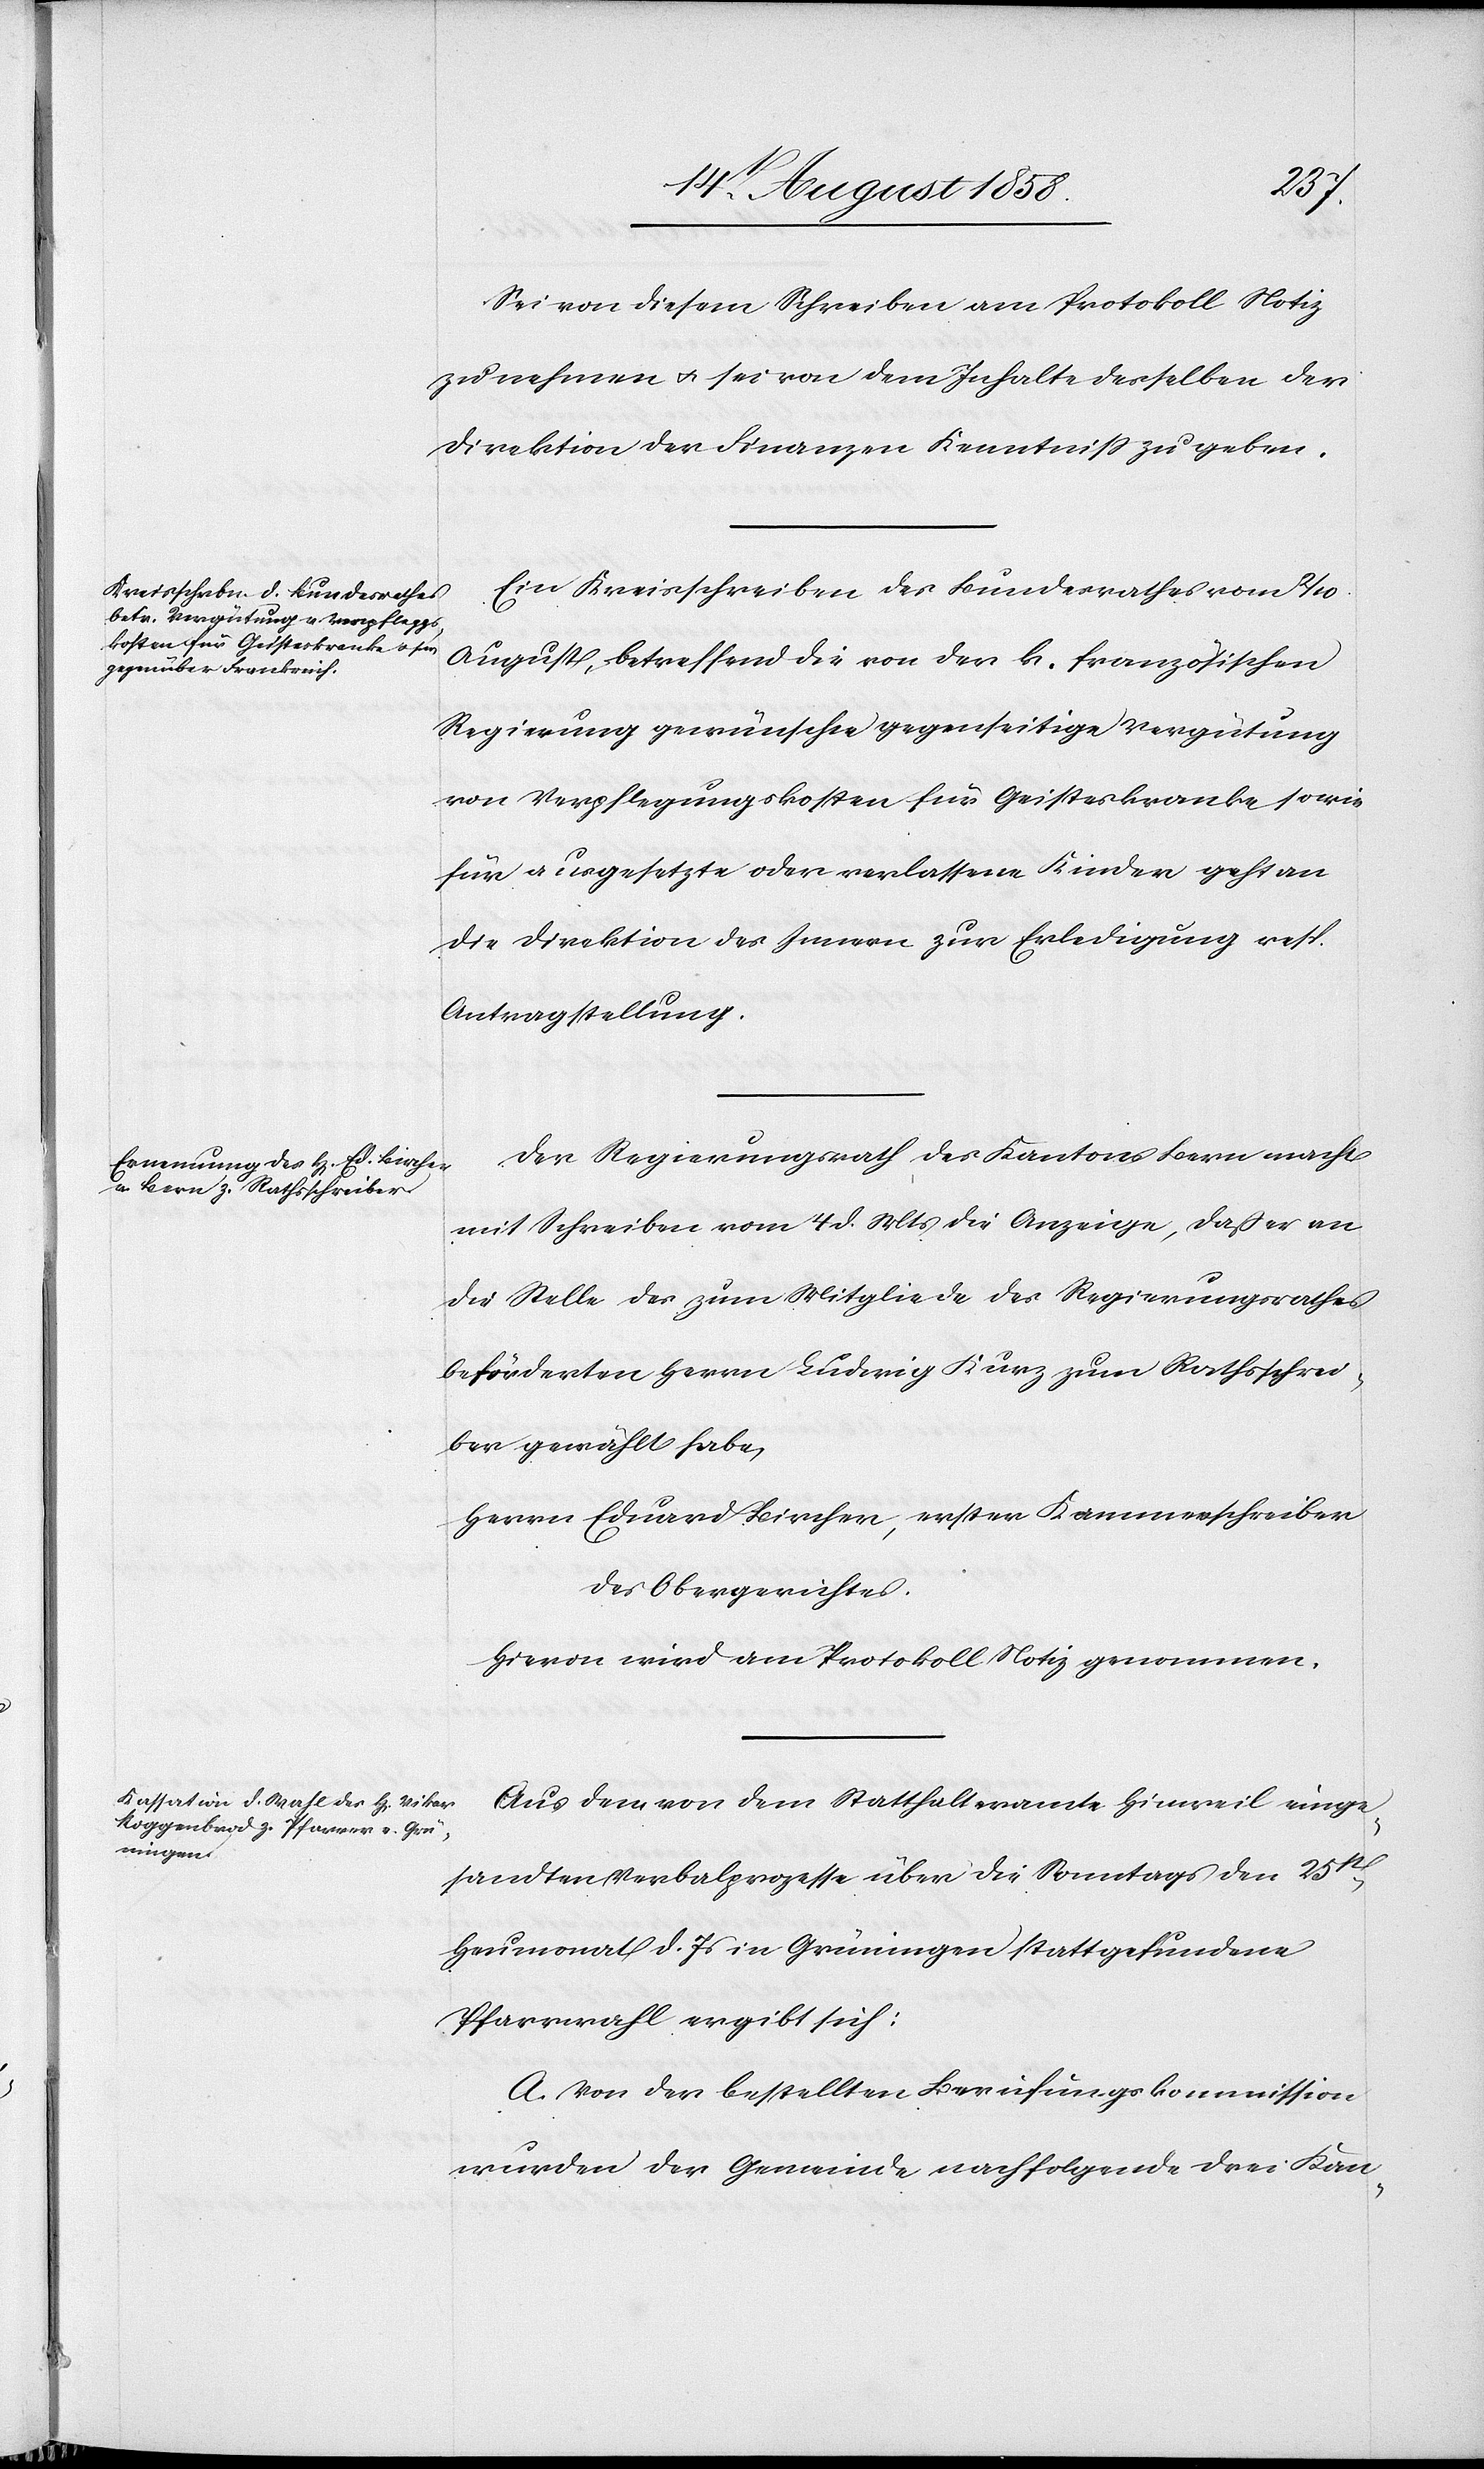
Sei von diesem Schreiben am Protokoll Notiz
zu nehmen & sei von dem Inhalte desselben der
Direktion der Finanzen Kenntniss zu geben.
Ein Kreisschreiben des Bundesrathes vom 2
August, betreffend die von der k. französischen
Regierung gewünschte gegenseitige Vergütung
von Verpflegungskosten für Geisteskranke sowie
für ausgesetzte oder verlassene Kinder geht an
die Direktion des Innern zur Erledigung resp.
Antragstellung.
Der Regierungsrath des Kantons Bern macht
mit Schreiben vom 4 d. Mts die Anzeige, daß er an
die Stelle des zum Mitgliede des Regierungsrathes
beförderten Herrn Ludwig Kurz zum Rathsschrei¬
ber gewählt habe,
Herrn Eduard Bircher, erster Kammerschreiber
des Obergerichtes.
Hievon wird am Protokoll Notiz genommen.
Aus dem von dem Statthalteramte Hinweil einge¬
sandten Verbalprozesse über die Sonntags den 25st.
Heumonat d. Js in Grüningen stattgefundene
Pfarrwahl ergibt sich:
A. Von der bestellten Berufungskommission
wurden der Gemeinde nachfolgende drei Kan-